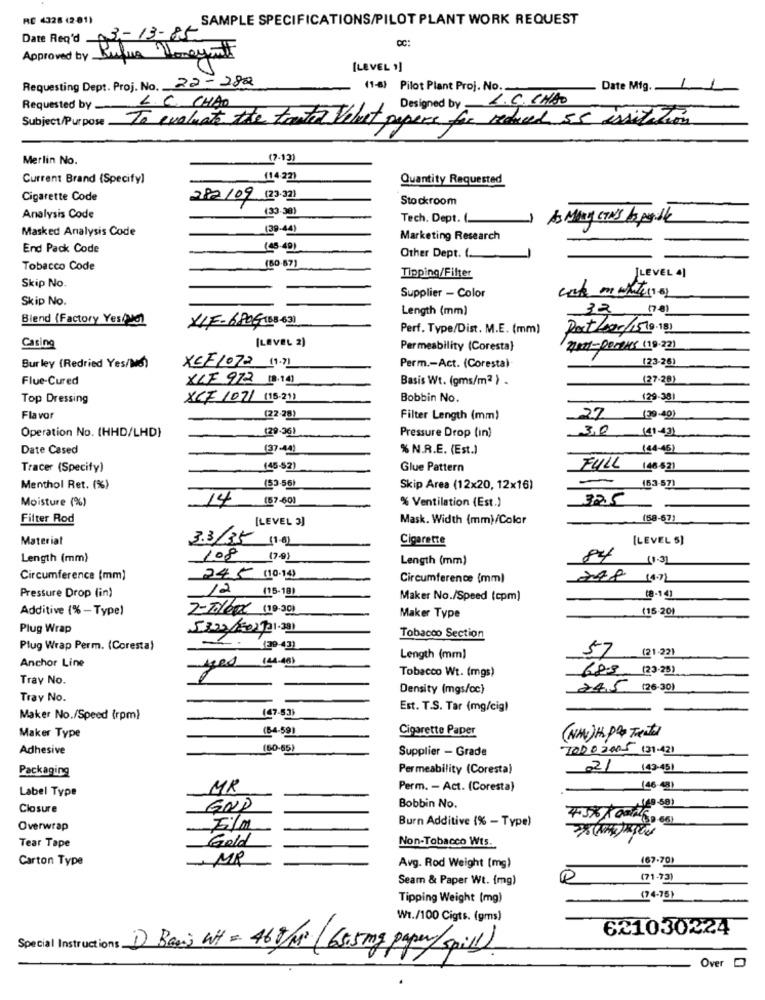
RC 4328 (2 81)
SAMPLE SPECIFICATIONS/PILOT PLANT WORK REQUEST
Date Read 03-13-85
Approved by Rufia Hongymt
[LEVEL 1]
Requesting Dept. Proj. No. 22-282
(1-6) Pilot Plant Proj. No.
Date Mig ..
Designed by L.C.CHAO
Requested by -
L. C. CHÃO
Subject/Purpose .
To evaluate the truth Thlust pepers for reduced 55 assistation
Merlin No.
(7-13)
Current Brand (Specify)
(14 2)
Quantity Requested
Cigarette Code
282/09 (23.32)
Stockroom
(33-38)
Analysis Code
Tech. Dept. (.
As Many CAM'S be podle
Masked Analysis Code
(39-44)
Marketing Research
End Pack Code
(48.40)
Other Dept. (.
Tobacco Code
(80.67)
Skip No.
Tipping/Filter
[LEVEL 41
Skip No.
Supplier - Color
Length (mm)
Blend (Factory Yes/20)
XIF-6806-188-631
Perf. Type/Dist. M.E. (mm)
Doct Lear/15(0.18)
[LEVEL 2)
Casing
Permeability (Coresta}
200-DorPHS (19.22)
[23-26)
Burley (Redried Yes/MS)
XCF1072 11.91
Perm .- Act. (Coresta)
Flue-Cured
XIF 972 13.14)
Basis Wt. (gms/m2 } -
(27-28)
Top Dressing
XCF 1071 (18-21)
Bobbin No.
(29-38)
Flavor
(22-29)
Filter Length (mm)
27
(29-40)
(29.36)
3,0
(41-431
Operation No. (HHD/LHD}
Pressure Drop (in)
Date Cased
(37-44)
% N.R.E. (Est.)
(44-45)
Tracer (Specify)
(45-52)
Glue Pattern
FULL 148 531
Menthol Ret. (%)
(53-56)
Skip Area (12x20, 12x16)
~~ 153.571
Moisture (%)
14 (57-60)
% Ventilation (Est.)
325
Filter Rod
[LEVEL 3]
Mask. Width (mm)/Color
(58-67)
Material
3.3/35
Cigarette
[LEVEL 5)
Length (mm)
108
170
Length (mm)
84 11:32
Circumference (mm)
245 (10-14)
Circumference (mm)
12 (15-18)
Pressure Drop (in)
Maker No./Speed (cpm)
(8-141
Additive (% - Type)
2-7010px (19.30)
(15.201
Maker Type
Plug Wrap
5322/201721.331
Tobacco Section
Plug Wrap Perm. (Coresta)
Anchor Line
Length (mm)
57 (21.22)
68-3 (23.25)
Tray No.
Tobacco Wt. (mgs)
Density (mgs/cc)
245 (26-30)
Tray No.
(47-53)
Est. T.S. Tar (mg/cig)
Maker No./Speed (rpm)
(84-59)
Cigarette Paper
Maker Type
(NAN)H. P& Treats
Adhesive
(60-65)
Supplier - Grade
70202005 (31-421
Packaging
Permeability (Coresta)
21 143451
Label Type
MR
Perm. - Act. (Coresta)
Closure
GOD
Bobbin No.
4.5% Kom (4 58)
Burn Additive (% - Type)
Overwrap
Film
Gold
Non-Tobacco Wts.
Tear Tape
Carton Type
- MR
(67.70)
Avg. Rod Weight (mg)
Seam & Paper Wt. (mg)
(71-73)
Tipping Weight (mg)
(74-75)
Wt./100 Cigts. (gms)
621030224
Special Instructions 1) Basis Wit = 469/11 (65.5 mg paper/spill).
Over D